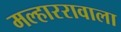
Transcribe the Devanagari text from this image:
मल्हाररावाला